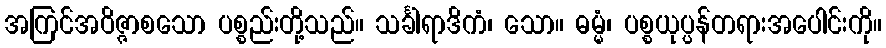
အကြင်အဝိဇ္ဇာစသော ပစ္စည်းတို့သည်။ သင်္ခါရာဒိကံ၊ သော။ ဓမ္မံ၊ ပစ္စယုပ္ပန်တရားအပေါင်းကို။